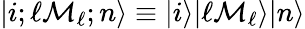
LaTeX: |i;\ell\mathcal{M}_{\ell};n\rangle\equiv|i\rangle|\ell\mathcal{M}_{\ell}\rangle|n\rangle